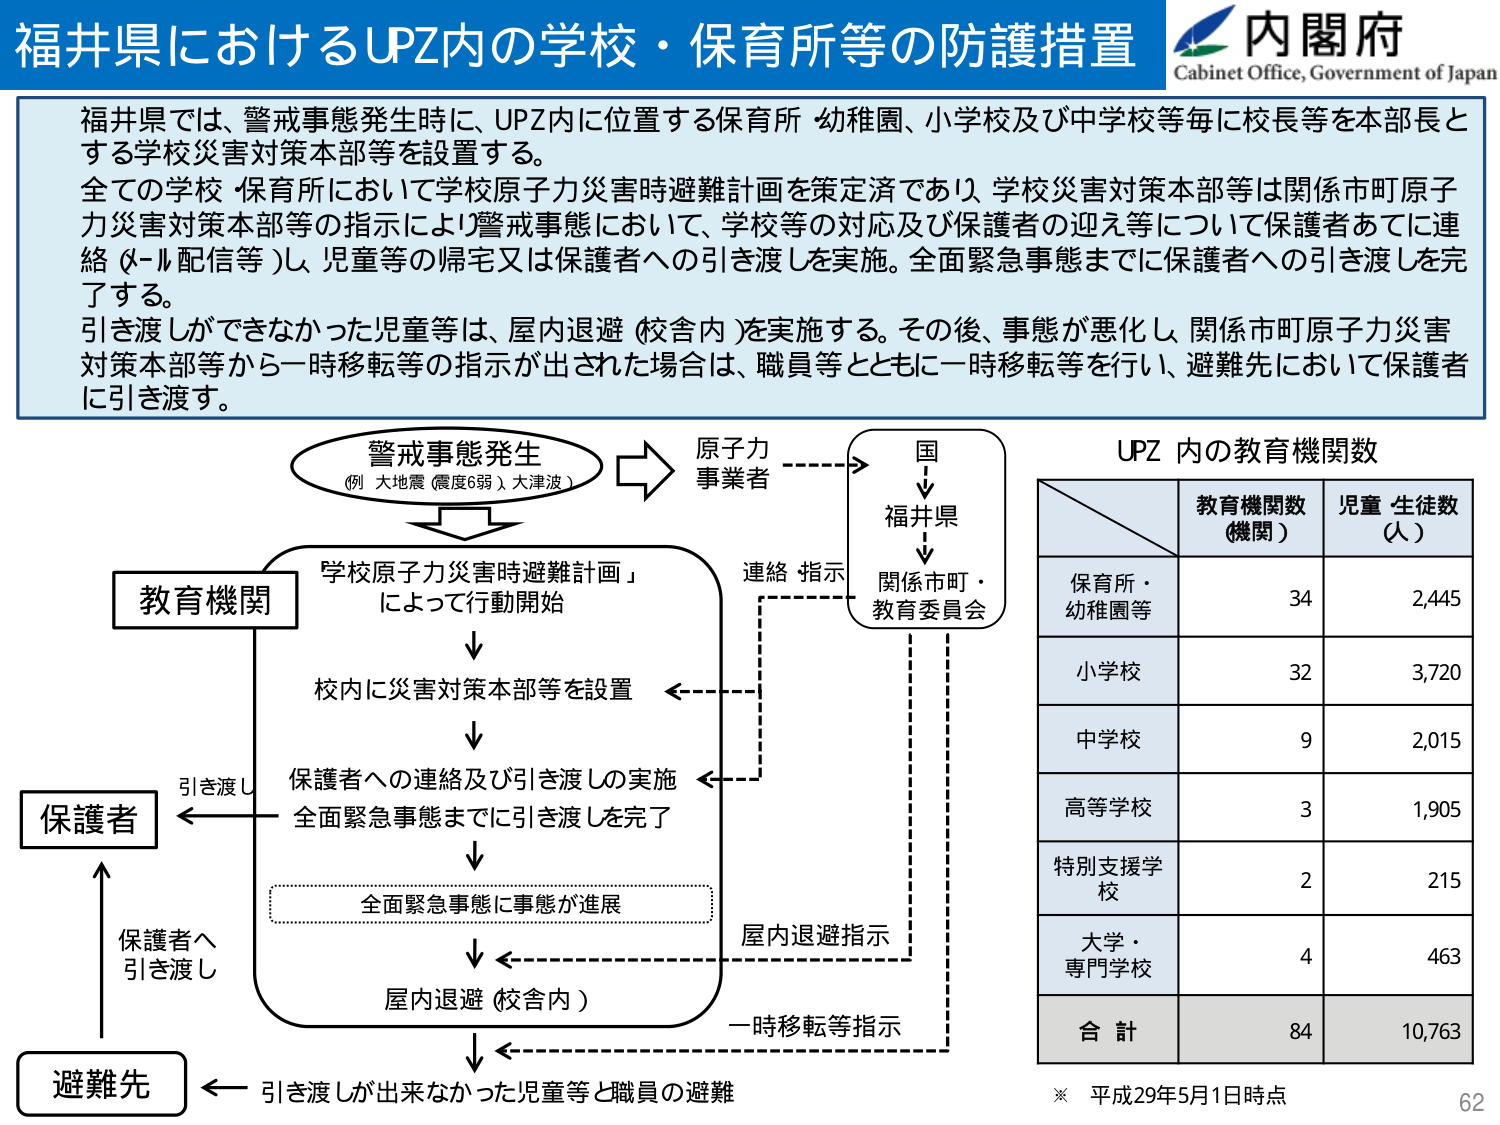
福井県におけるUPZ内の学校・保育所等の防護措置
内閣府
Cabinet Office, Government of Japan

福井県では、警戒事態発生時に、UPZ内に位置する保育所・幼稚園、小学校及び中学校等毎に校長等を本部長とする学校災害対策本部等を設置する。
全ての学校・保育所において学校原子力災害時避難計画を策定済であり、学校災害対策本部等は関係市町原子力災害対策本部等の指示により警戒事態において、学校等の対応及び保護者の迎え等について保護者あてに連絡（メール配信等）し、児童等の帰宅又は保護者への引き渡しを実施。全面緊急事態までに保護者への引き渡しを完了する。
引き渡しができなかった児童等は、屋内退避（校舎内）を実施する。その後、事態が悪化し、関係市町原子力災害対策本部等から一時移転等の指示が出された場合は、職員等とともに一時移転等を行い、避難先において保護者に引き渡す。

警戒事態発生
（例：大地震（震度6弱）、大津波）
→ 原子力事業者
→ 国
→ 福井県
→ 関係市町・教育委員会

教育機関
「学校原子力災害時避難計画」
によって行動開始
↓
校内に災害対策本部等を設置
↓
保護者への連絡及び引き渡しの実施
全面緊急事態までに引き渡しを完了
↓
全面緊急事態に事態が進展
↓
屋内退避（校舎内）
↓
引き渡しが出来なかった児童等と職員の避難

保護者
← 引き渡し
← 保護者へ引き渡し

避難先
← 引き渡しが出来なかった児童等と職員の避難

連絡・指示
屋内退避指示
一時移転等指示

UPZ 内の教育機関数
教育機関数（機関） 児童・生徒数（人）
保育所・幼稚園等 34 2,445
小学校 32 3,720
中学校 9 2,015
高等学校 3 1,905
特別支援学校 2 215
大学・専門学校 4 463
合計 84 10,763

※ 平成29年5月1日時点
62